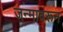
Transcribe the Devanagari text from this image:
जन्मावरून